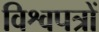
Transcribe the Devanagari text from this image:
विश्वपत्रों